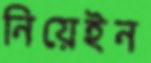
নিয়েইন